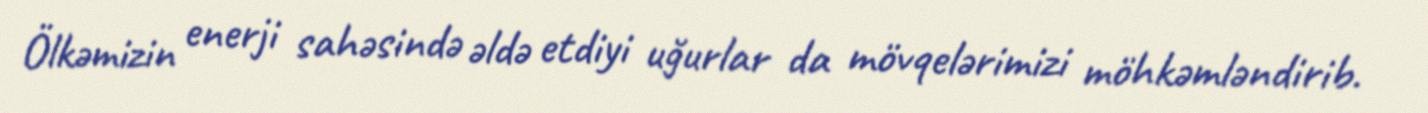
Ölkəmizin enerji sahəsində əldə etdiyi uğurlar da mövqelərimizi möhkəmləndirib.